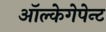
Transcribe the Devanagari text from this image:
ऑल्केगेपेन्ट